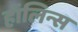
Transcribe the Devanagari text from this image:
हॉलिन्स